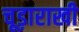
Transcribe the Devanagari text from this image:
चूड़ाराखी